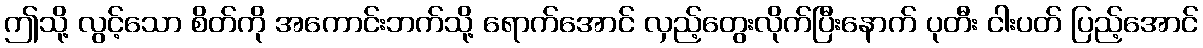
ဤသို့ လွင့်သော စိတ်ကို အကောင်းဘက်သို့ ရောက်အောင် လှည့်တွေးလိုက်ပြီးနောက် ပုတီး ငါးပတ် ပြည့်အောင်